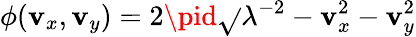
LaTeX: \phi(\mathbf{v}_{x},\mathbf{v}_{y})=2\pid\sqrt{}{{\lambda^{-2}-\mathbf{v}_{x}^{2}-\mathbf{v}_{y}^{2}}}